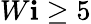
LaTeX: W\mathbf{i}\geq5